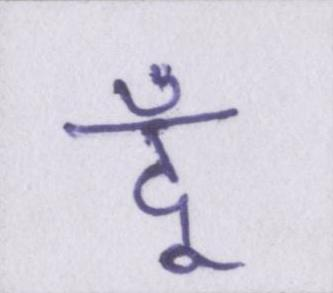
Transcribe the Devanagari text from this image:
दूँ